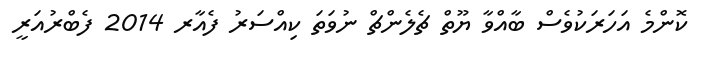
ކޮންމެ އަހަރަކުވެސް ބާއްވާ ޔޫތް ޗެލެންޗް ނުވަތަ ކިއްސަރު ފެއާރ 2014 ފެބްރުއަރީ